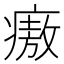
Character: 㾲